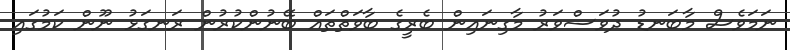
ނަމަވެސް މާބަނޑު ދުވަސްވަރު މާގިނައިން ބެރީގެ ބާވަތްތައް ބޭނުންކުރުން ރަނގަޅު ނޫން ކަމުގައި